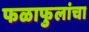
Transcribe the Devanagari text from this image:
फळाफुलांचा